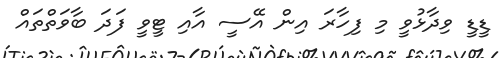
ޑީޑީ ވިދާޅުވީ މި ފިހާރަ އިން އޭސީ އާއި ޓީވީ ފަދަ ބާވަތްތައް